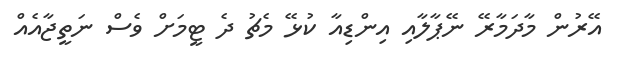
އޭރުން މާދަމާރޭ ނޭޕާލާއި އިންޑިއާ ކުޅޭ މެޗު ދެ ޓީމަށް ވެސް ނަތީޖާއެއް